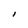
Character: I